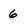
Character: 6